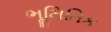
ભૂમિતિક